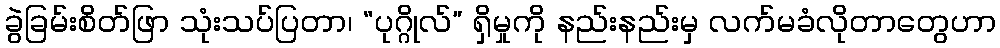
ခွဲခြမ်းစိတ်ဖြာ သုံးသပ်ပြတာ၊ “ပုဂ္ဂိုလ်” ရှိမှုကို နည်းနည်းမှ လက်မခံလိုတာတွေဟာ